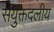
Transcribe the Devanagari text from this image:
संयुक्तदलीय